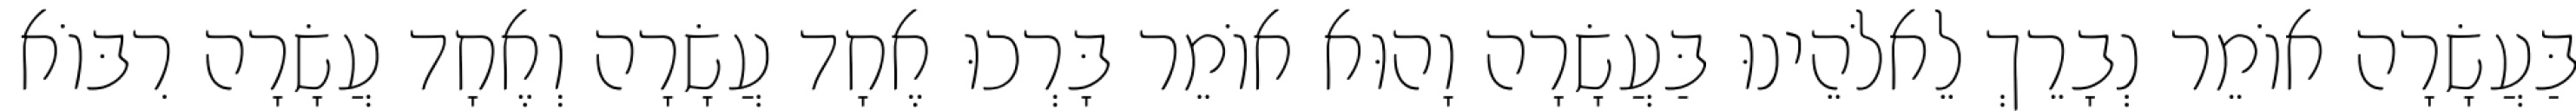
בַּעֲשָׂרָה אוֹמֵר נְבָרֵךְ לֵאלֹהֵינוּ בַּעֲשָׂרָה וָהוּא אוֹמֵר בָּרְכוּ אֶחָד עֲשָׂרָה וְאֶחָד עֲשָׂרָה רִבּוֹא